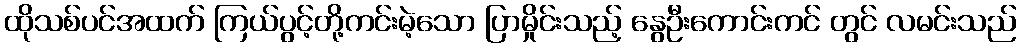
ထိုသစ်ပင်အထက် ကြယ်ပွင့်တို့ကင်းမဲ့သော ပြာမှိုင်းသည့် နွေဦးကောင်းကင် တွင် လမင်းသည်